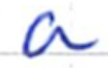
Text: a
Cross-out: clean
Writing tool: ballpoint